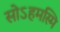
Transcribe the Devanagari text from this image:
सोऽहमस्मि